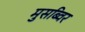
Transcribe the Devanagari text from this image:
मुसब्विर